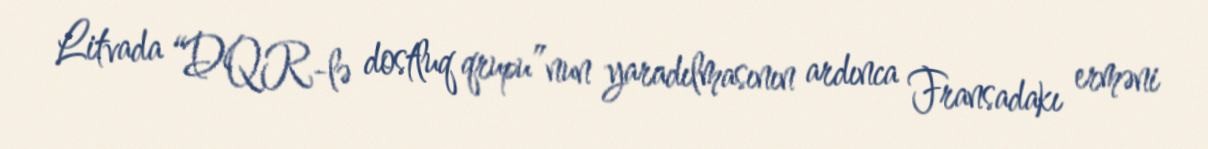
Litvada “DQR-lə dostluq qrupu”nun yaradılmasının ardınca Fransadakı erməni